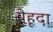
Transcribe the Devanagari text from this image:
येहूदा